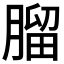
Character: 𦞧